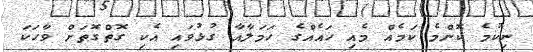
ނިކުމެ ކޮންމެ ކަމެއް މެއި ހައެއްގެ ހަމަލާއާ ގުޅުވައި އެކި ގޮތްގޮތަށް ވާހަކަ